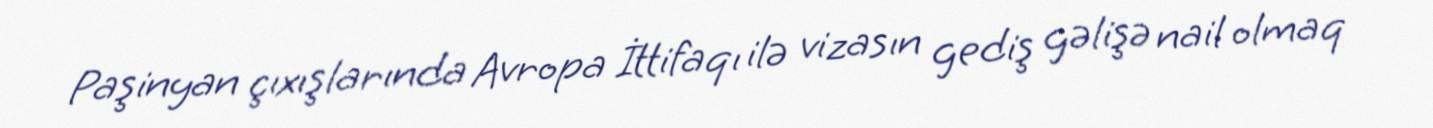
Paşinyan çıxışlarında Avropa İttifaqı ilə vizasın gediş gəlişə nail olmaq